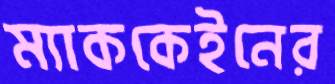
ম্যাককেইনের